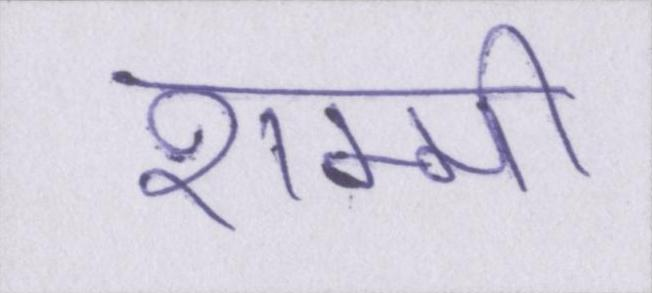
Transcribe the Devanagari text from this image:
शम्मी